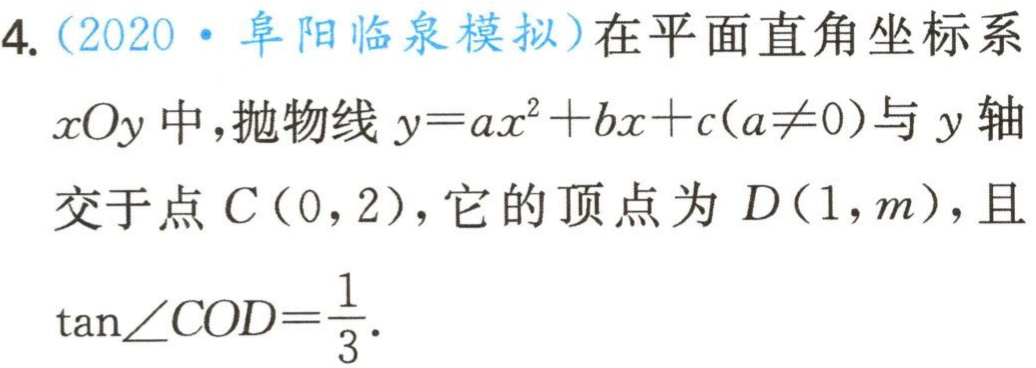
4.（2020·阜阳临泉模拟）在平面直角坐标系
\(xOy\)中，抛物线\(y = ax^{2}+bx + c(a\neq0)\)与\(y\)轴
交于点\(C(0,2)\)，它的顶点为 \(D(1,m)\)，且
\(\tan\angle COD=\frac{1}{3}\).